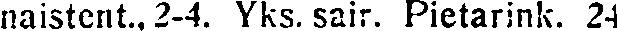
naistent., 2-4. Yks. sair. Pietarink. 24